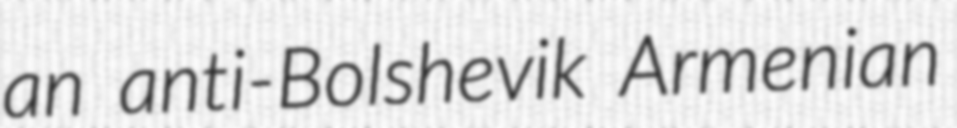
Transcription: an anti-Bolshevik Armenian